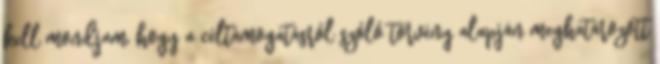
kell mondjam, hogy a céltámogatásról szóló törvény alapján meghatározott